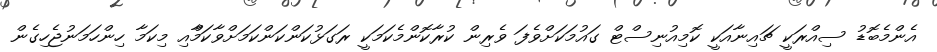
އެންމެބޮޑު ސިއްރަކީ ޗައިނާއަކީ ކޮމިއުނިސްޓް ގައުމަކަށްވެފަ ވެރިން ކުރާކޮންމެކަމަކީ ރަގަޅުކަންކަންކަމަށްވާކަމާްއި މިކަމާ ހިންހަމަނުޖެހިގެން